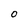
Character: O